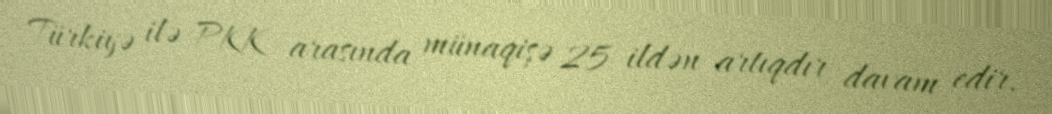
Türkiyə ilə PKK arasında münaqişə 25 ildən artıqdır davam edir.